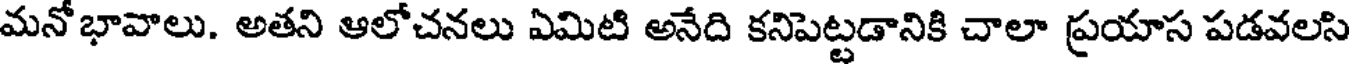
మనోభావాలు. అతని ఆలోచనలు ఏమిటి అనేది కనిపెట్టడానికి చాలా ప్రయాస పడవలసి